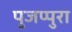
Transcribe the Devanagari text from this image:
पुजप्पुरा